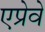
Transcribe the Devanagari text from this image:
एप्रेवे